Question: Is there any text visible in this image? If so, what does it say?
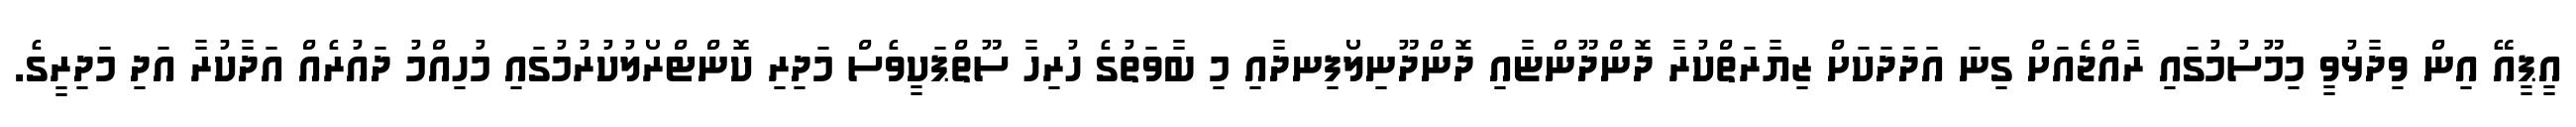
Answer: އީޕީއޭ އިން ވިދާޅުވީ މިމޫސުމުގައި ރާއްޖެއަށް ގިނަ އަދަދަކަށް ޒިޔާރަތްކުރާ ދޮންދޫންޏާއި ދޮންދޫނިލޯފިނދާއި މި ބާވަތުގެ ހުރިހާ ސޫތްޕަކީވެސް މަދިރި ކޮންޓްރޯލުކުރުމުގައި މުހިއްމު ދައުރެއް އަދާކުރާ އަދި މަދިރީގެ.